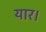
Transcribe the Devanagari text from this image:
यार।